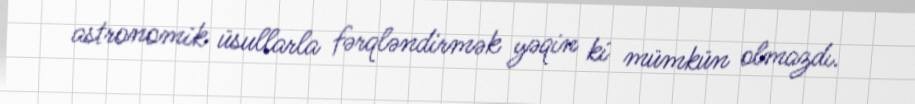
astronomik üsullarla fərqləndirmək yəqin ki mümkün olmazdı.